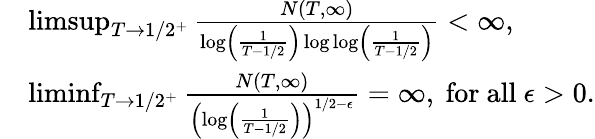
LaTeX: \begin{array}{rl}&{\operatorname*{limsup}_{T\to 1/2^{+}}\frac{N(T,\infty)}{\log\left(\frac{1}{T-1/2}\right)\log\log\left(\frac{1}{T-1/2}\right)}<\infty,}\\ &{\operatorname*{liminf}_{T\to 1/2^{+}}\frac{N(T,\infty)}{\left(\log\left(\frac{1}{T-1/2}\right)\right)^{1/2-\epsilon}}=\infty,\mathrm{~for~all~}\epsilon>0.}\end{array}